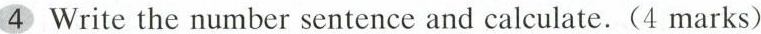
4.Write the numer sentence and calculate.（4 marks）